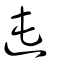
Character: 迍